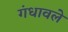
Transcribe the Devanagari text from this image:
गंधावले